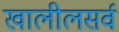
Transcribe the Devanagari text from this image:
खालीलसर्व